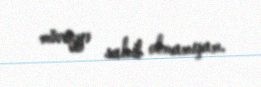
mövqeyə sahib olmamışam.